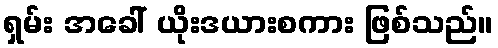
ရှမ်း အခေါ် ယိုးဒယားစကား ဖြစ်သည်။